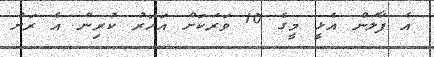
އެ ފާލަން އެޅީ މީގެ 10 ވަރަކަށް އަހަރު ކުރިން އެ ރަށު